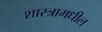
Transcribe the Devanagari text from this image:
शास्त्रामधील